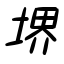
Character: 堺